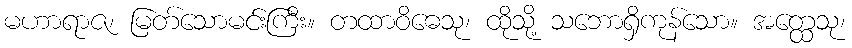
မဟာရာဇ၊ မြတ်သောမင်းကြီး။ တထာဝိဓေသု၊ ထိုသို့ သဘောရှိကုန်သော။ အတ္ထေသု၊